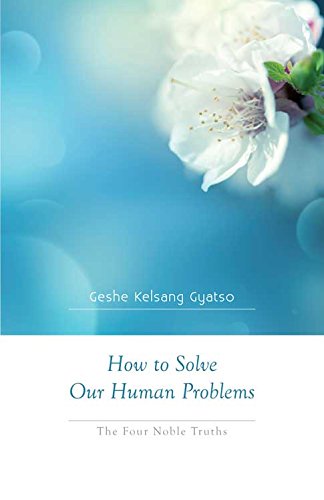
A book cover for How to Solve Our Human Problems: The Four Noble Truths; Geshe Kelsang Gyatso; Self-Help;